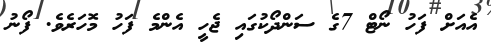
އެއަށް ފަހު ނޯޓް 7ގެ ސަންދޯކުގައި ޖެހީ އެންމެ ފަހު މޮހަރެވެ. ފޯނު